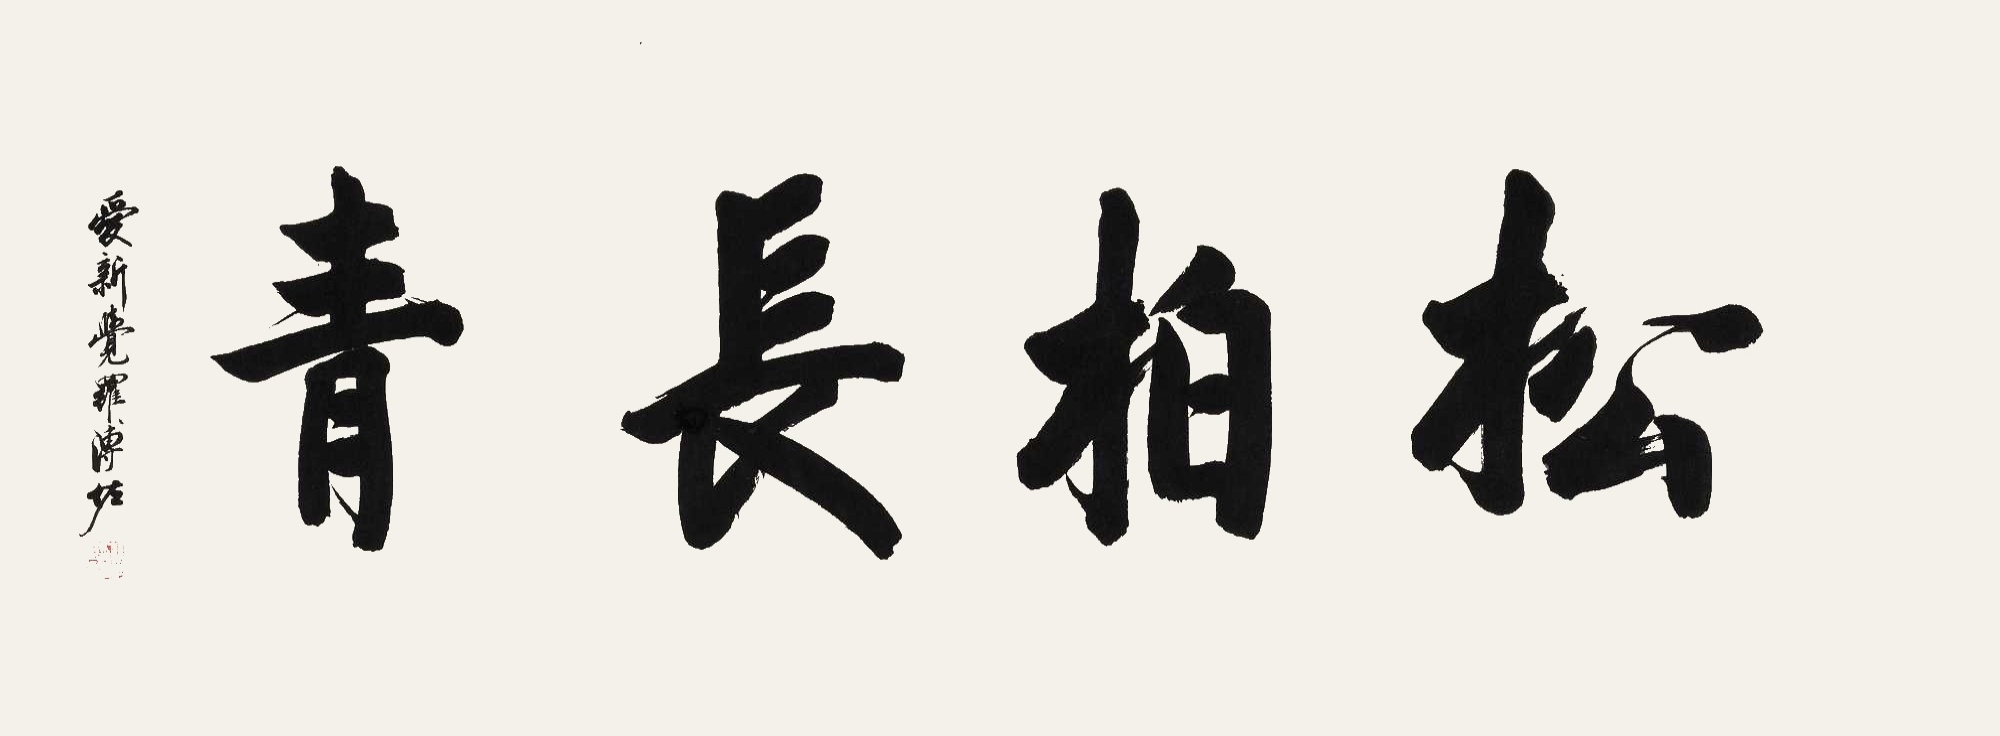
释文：松柏长青爱新觉罗溥佐。